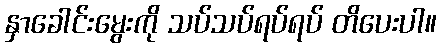
နှာခေါင်းမွေးကို သပ်သပ်ရပ်ရပ် တိပေးပါ။